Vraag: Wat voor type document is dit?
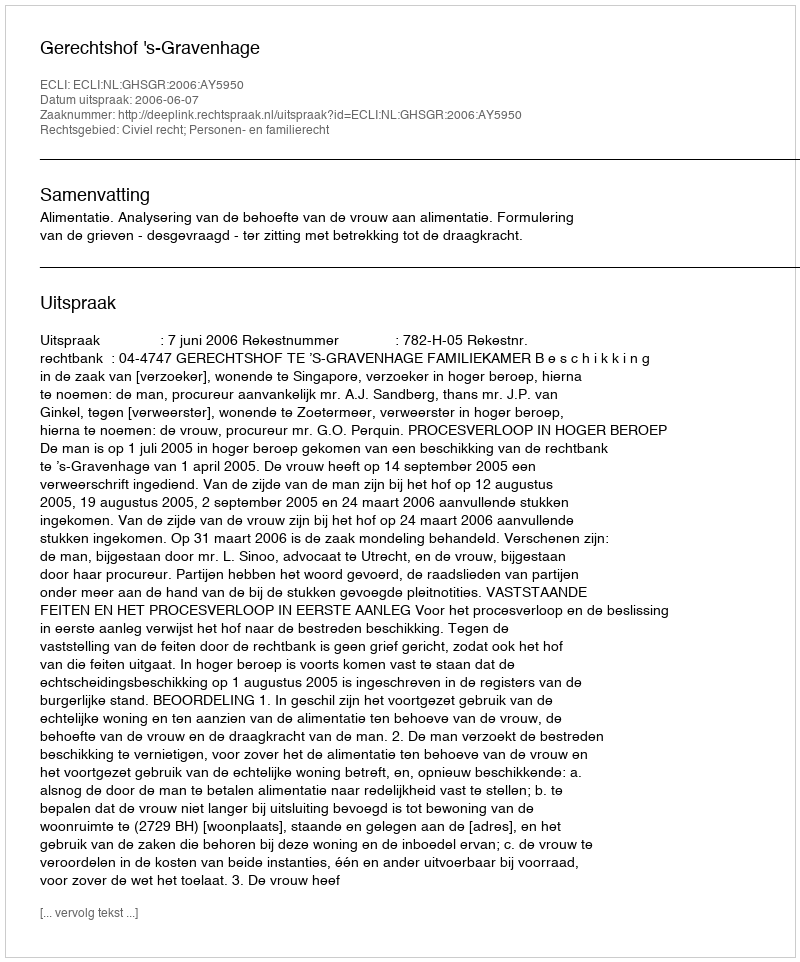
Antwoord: Uitspraak